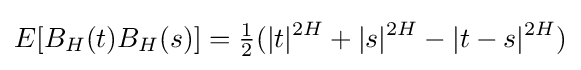
E[B_{H}(t)B_{H}(s)]={\tfrac {1}{2}}(|t|^{2H}+|s|^{2H}-|t-s|^{2H})